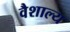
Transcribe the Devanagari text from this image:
वैशाल्य